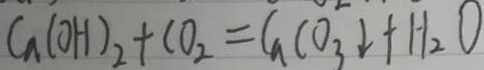
C a ( O H ) _ { 2 } + C O _ { 2 } = C a C O _ { 3 } \downarrow + H _ { 2 } O